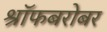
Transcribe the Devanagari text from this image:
श्रॉफबरोबर